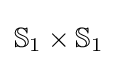
\mathbb {S} _{1}\times \mathbb {S} _{1}